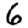
Digit: 6